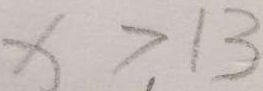
x > 1 3